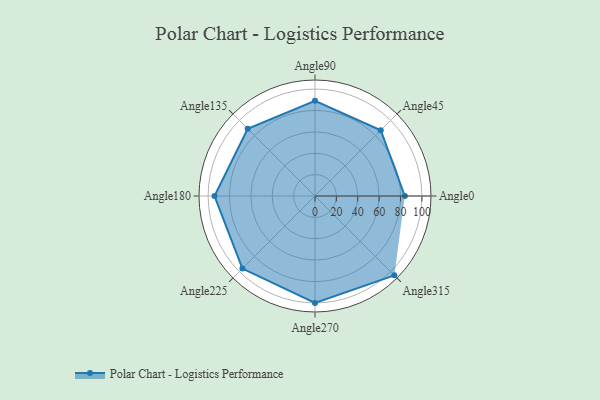
{"axis": {"x": "Angle", "y": "Radius"}, "legend": [""], "data": [{"x": "Angle0", "y": 84.0, "type": ""}, {"x": "Angle45", "y": 87.0, "type": ""}, {"x": "Angle90", "y": 89.0, "type": ""}, {"x": "Angle135", "y": 89.0, "type": ""}, {"x": "Angle180", "y": 94.0, "type": ""}, {"x": "Angle225", "y": 96.0, "type": ""}, {"x": "Angle270", "y": 100.0, "type": ""}, {"x": "Angle315", "y": 105.0, "type": ""}]}